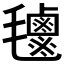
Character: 𣰹